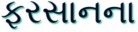
ફરસાનના